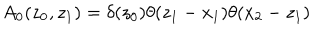
A _ { 0 } ( z _ { 0 } , z _ { 1 } ) = \delta ( z _ { 0 } ) \theta ( z _ { 1 } - x _ { 1 } ) \theta ( x _ { 2 } - z _ { 1 } )